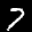
Label: 7